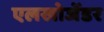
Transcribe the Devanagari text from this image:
एलखोजेंडर